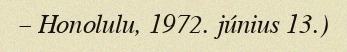
– Honolulu, 1972. június 13.)